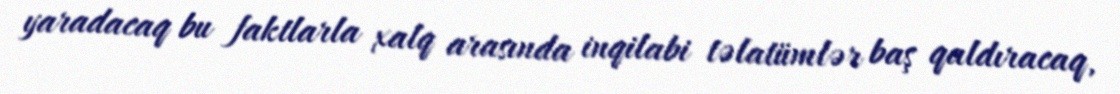
yaradacaq bu faktlarla xalq arasında inqilabi təlatümlər baş qaldıracaq,